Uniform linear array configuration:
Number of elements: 16
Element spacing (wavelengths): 0.75
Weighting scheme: uniform
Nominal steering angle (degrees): -30
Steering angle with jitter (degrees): -30.575
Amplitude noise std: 0.05
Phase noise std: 0.05

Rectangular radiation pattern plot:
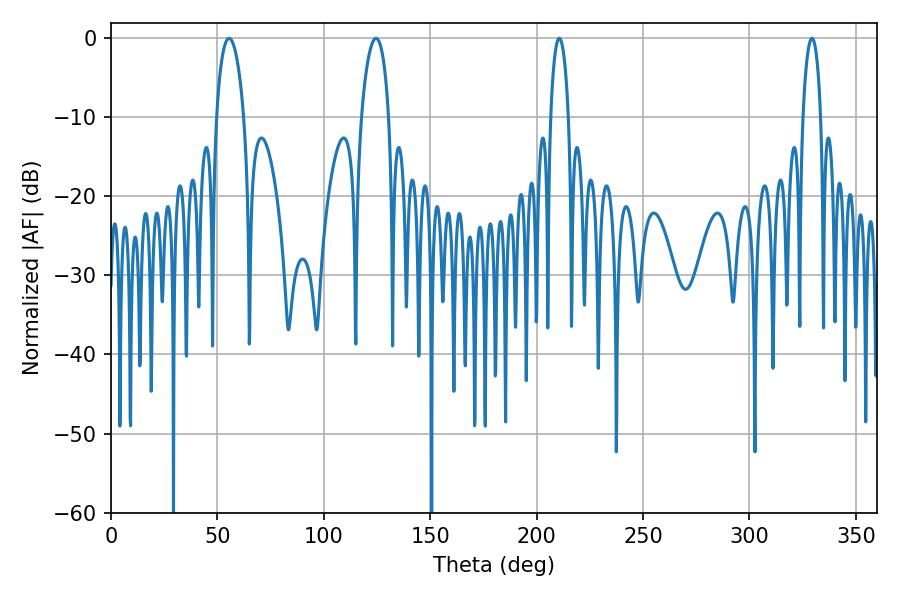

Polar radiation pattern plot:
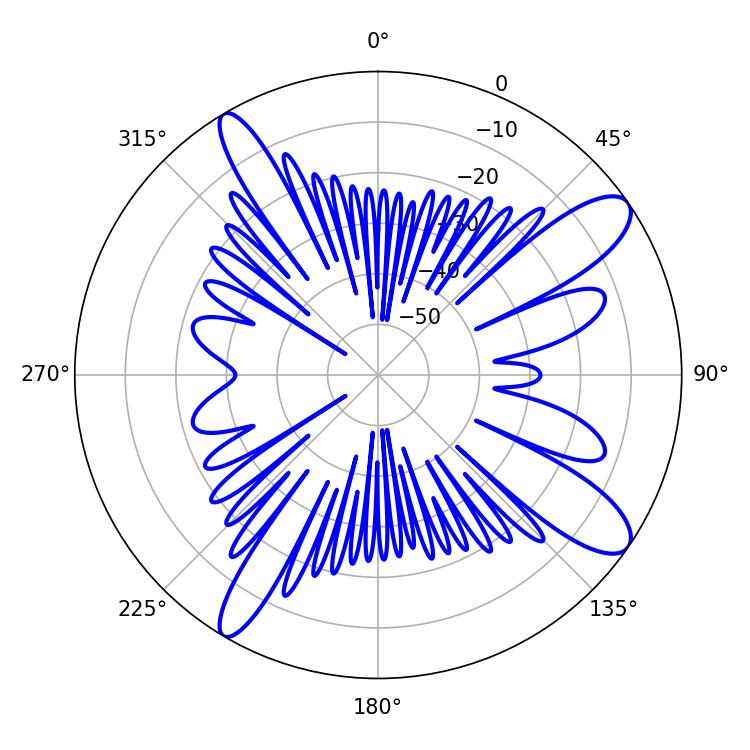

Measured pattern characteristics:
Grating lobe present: TRUE
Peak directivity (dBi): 11.519
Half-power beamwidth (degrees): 7.38
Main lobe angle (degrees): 55.44